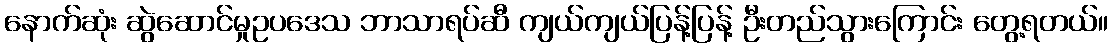
နောက်ဆုံး ဆွဲဆောင်မှုဥပဒေသ ဘာသာရပ်ဆီ ကျယ်ကျယ်ပြန့်ပြန့် ဦးတည်သွားကြောင်း တွေ့ရတယ်။